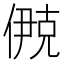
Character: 鿙